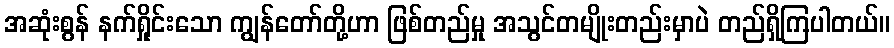
အဆုံးစွန် နက်ရှိုင်းသော ကျွန်တော်တို့ဟာ ဖြစ်တည်မှု အသွင်တမျိုးတည်းမှာပဲ တည်ရှိကြပါတယ်။